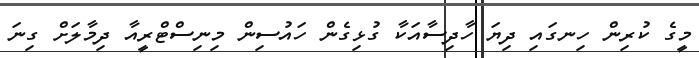
މީގެ ކުރިން ހިނގައި ދިޔަ ހާދިސާއަކާ ގުޅިގެން ހައުސިން މިނިސްޓްރީއާ ދިމާލަށް ގިނަ